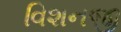
વિશનજી